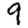
Digit: 9